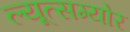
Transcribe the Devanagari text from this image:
ल्यूत्सम्योर